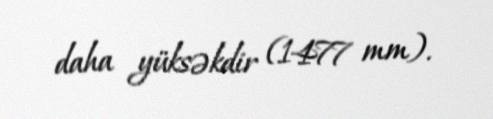
daha yüksəkdir (1477 mm).